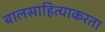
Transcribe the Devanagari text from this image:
बालसाहित्याकरता